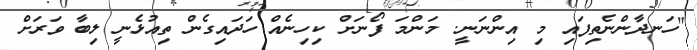
"ހަނދާންނެތިފައި މި އިންނަނީ. މަންމަ ފޯނަށް ކިހިނެއް ހަދައިގެން ތިއުޅެނީ ލިބާ ވަރަށް